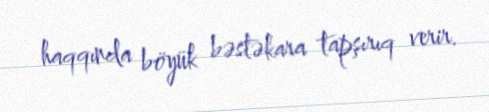
haqqında böyük bəstəkara tapşırıq verir.